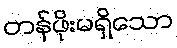
တန်ဖိုးမရှိသော